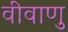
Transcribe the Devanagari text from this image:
वीवाणु